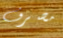
مصرف